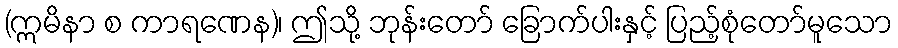
(ဣမိနာ စ ကာရဏေန)၊ ဤသို့ ဘုန်းတော် ခြောက်ပါးနှင့် ပြည့်စုံတော်မူသော